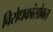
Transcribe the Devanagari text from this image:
विरोधकांसोबत